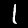
Label: 1